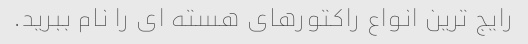
رایج ترین انواع راکتورهای هسته ای را نام ببرید.